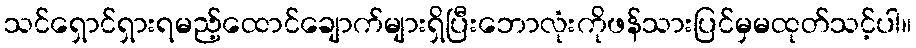
သင်ရှောင်ရှားရမည့်ထောင်ချောက်များရှိပြီးဘောလုံးကိုဖန်သားပြင်မှမထုတ်သင့်ပါ။